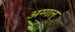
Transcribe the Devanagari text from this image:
अग्गल